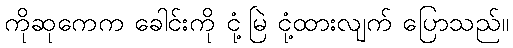
ကိုဆုကေက ခေါင်းကို ငုံ့မြဲ ငုံ့ထားလျက် ပြောသည်။